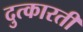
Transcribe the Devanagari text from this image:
दुत्कारती